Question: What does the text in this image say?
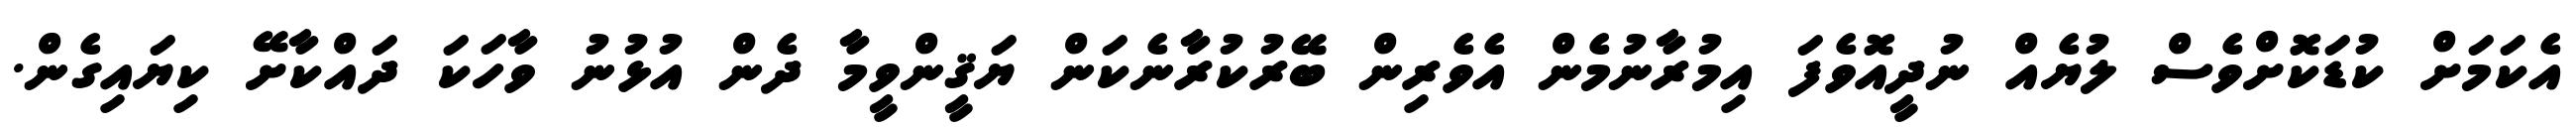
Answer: އެކަމަށް ކުޑަކޮށްވެސް ލުޔެއް ނުދީއޮވެފަ އިމުރާނުމެން އެވެރިން ބޭރުކުރާނެކަން ޔަޤީންވީމާ ދެން އުޅުނު ވާހަކަ ދައްކާށޭ ކިޔައިގެން.